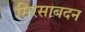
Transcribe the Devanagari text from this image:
सिरसाबदन